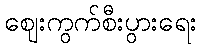
ဈေးကွက်စီးပွားရေး